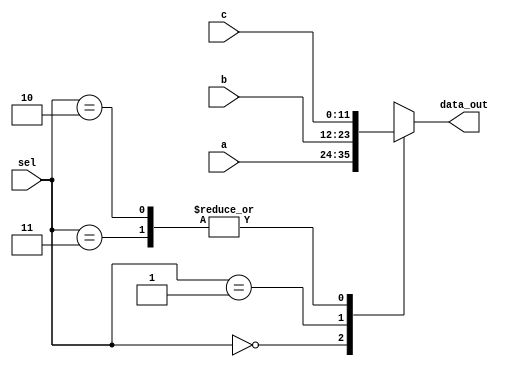
module Mux2
(
	input [11:0] a, b, c,
	input [1:0] sel,
	output reg [11:0] data_out
);

always @(a or b or c or sel)	
case (sel)
	0: data_out=a;
	1: data_out=b;
	2, 3: data_out=c;
	
endcase

endmodule